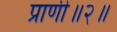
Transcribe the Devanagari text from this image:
प्राणी॥२॥